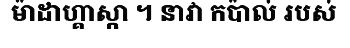
ម៉ាដាហ្គាស្កា ។ នាវា កប៉ាល់ របស់